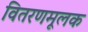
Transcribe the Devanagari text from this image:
वितरणमूलक